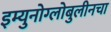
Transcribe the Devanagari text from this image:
इम्युनोग्लोबुलीनचा